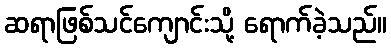
ဆရာဖြစ်သင်ကျောင်းသို့ ရောက်ခဲ့သည်။